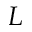
L